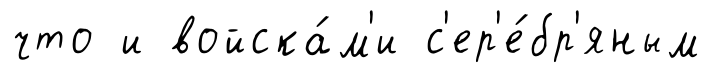
что и войска́м'и с'ер'е́бр'яным